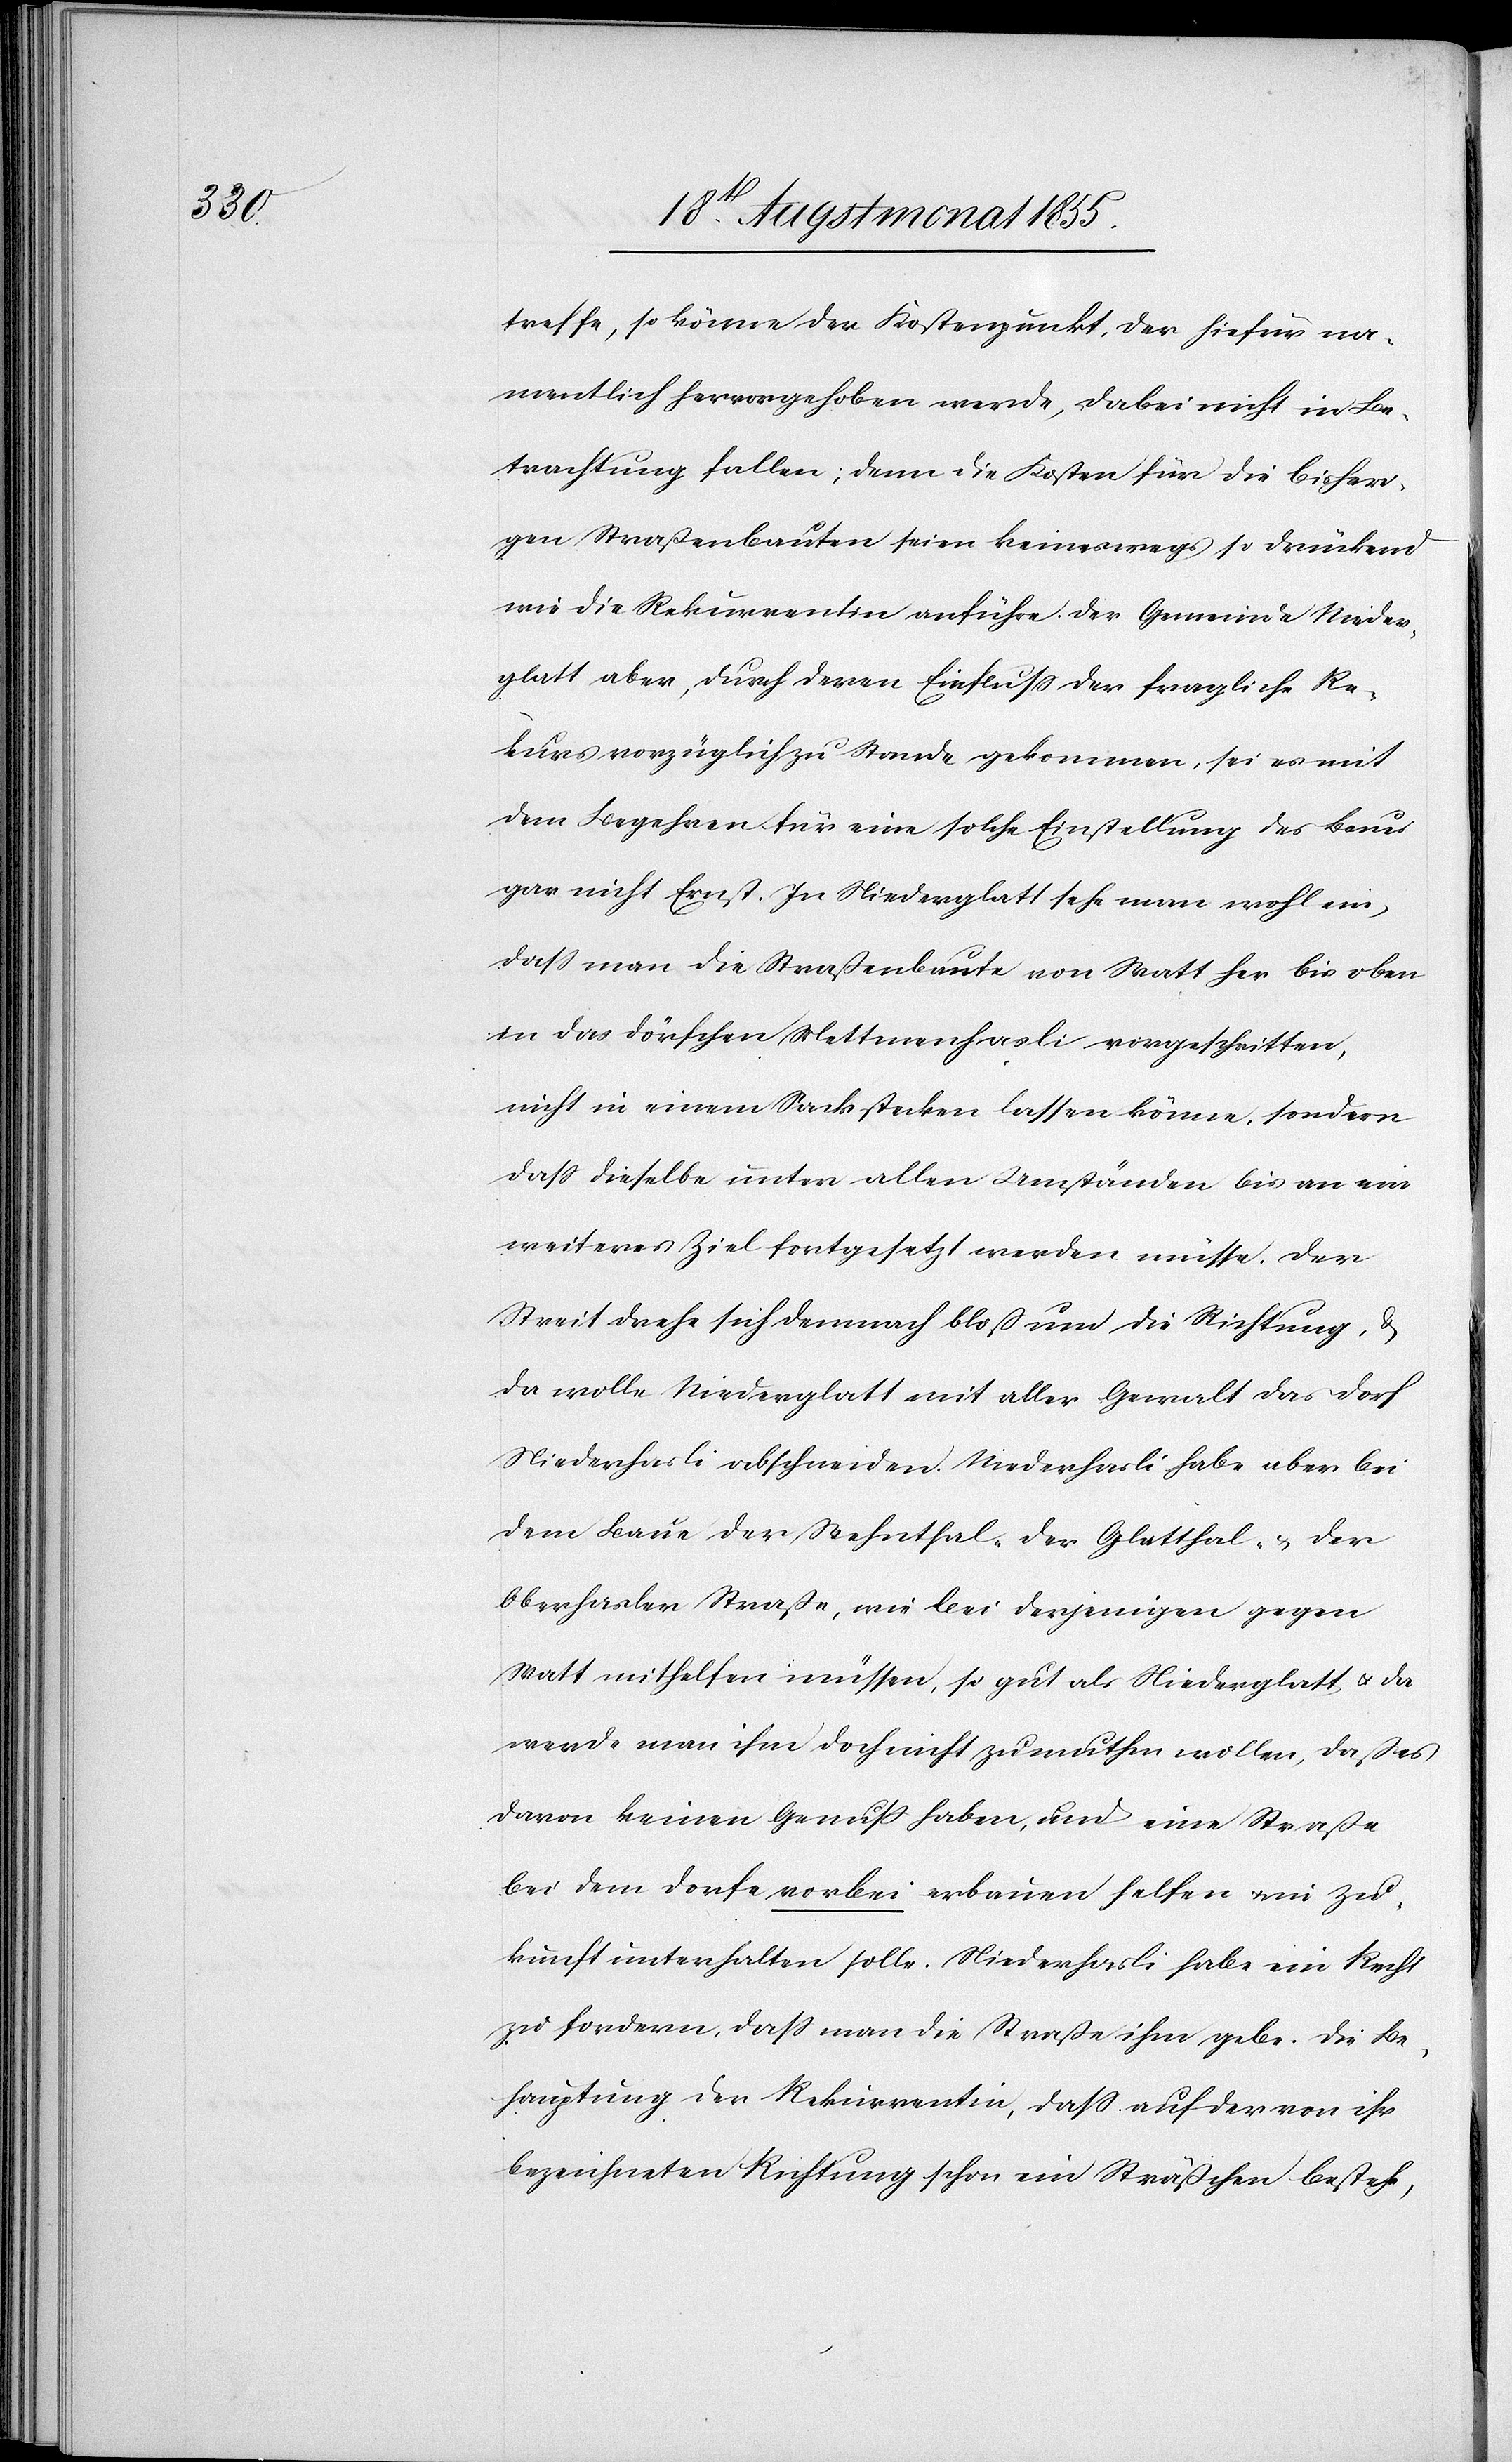
treffe, so könne der Kostenpunkte, der hiefür na¬
mentlich hervorgehoben werde, dabei nicht in Be¬
trachtung fallen; denn die Kosten für die bisher¬
igen Straßenbauten seien keineswegs so drückend
wie die Rekurrentin anführe. Der Gemeinde Nieder¬
glatt aber, durch deren Einfluss der fragliche Re¬
kurs vorzüglich zu Stande gekommen, sei es mit
dem Begehren für eine solche Einstellung des Baues
gar nicht Ernst. In Niederglatt sehe man wohl ein,
dass man die Straßenbaute von Watt her bis oben
in das Dörfchen Mettmenhasli vorgeschritten,
nicht in einem Sack stecken lassen könne, sondern
dass dieselbe unter allen Umständen bis an ein
weiteres Ziel fortgesetzt werden müsse. Der
Streit drehe sich demnach bloß um die Richtung, &
da wolle Niederglatt mit aller Gewalt das Dorf
Niederhasli abschneiden. Niederhasli habe aber bei
dem Baue der Wehnthal-[,] der Glatthal- & der
Oberhasler Straße, wie bei derjenigen gegen
Watt mithelfen müssen, so gut als Niederglatt & da
werde man ihm doch nicht zumuthen wollen, daß es
davon keinen Genuss haben, und eine Straße
bei dem Dorfe vorbei erbauen helfen & in Zu¬
kunft unterhalten solle. Niederhasli habe ein Recht
zu fordern, dass man die Straße ihm gebe. Die Be¬
hauptung der Rekurrentin, dass auf der von ihr
bezeichneten Richtung schon ein Sträßchen bestehe,